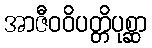
အာဇီဝဝိပတ္တိပုစ္ဆာ